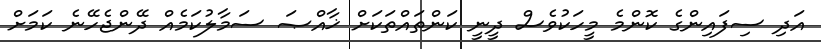
އަދި ސިފައިންގެ ކޮންމެ މީހަކުވެސް ދީނީ ކަންތައްތަކަށް ޚާއްޞަ ސަމާލުކަމެއް ދޭންޖެހޭނެ ކަމަށް